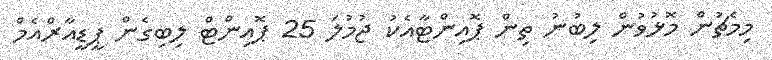
މިމެޗުން މޮޅުވުން ލިބުނު ތިން ޕޮއިންޓާއެކު ޖުމުލަ 25 ޕޮއިންޓް ލިބިގެން ޕީޑީއާރްއެމް